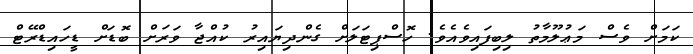
ކަމަށް ވެސް މަޢުލޫމާތު ލިބިފައިވެއެވެ. ހޮސްޕިޓަލަށް ގެންދިޔައިރު ކުއްޖާ ވަރަށް ބޮޑަށް ޑީހައިޑްރޭޓް